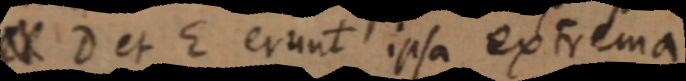
_ D et E erunt ipsa extrema